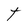
Character: t